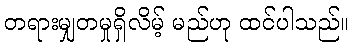
တရားမျှတမှုရှိလိမ့် မည်ဟု ထင်ပါသည်။